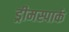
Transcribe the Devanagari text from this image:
ड्रीमस्पार्क